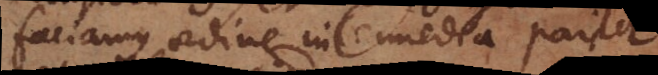
faciamus ordine intermedia pariter